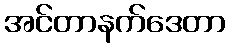
အင်တာနက်ဒေတာ